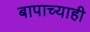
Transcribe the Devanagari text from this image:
बापाच्याही